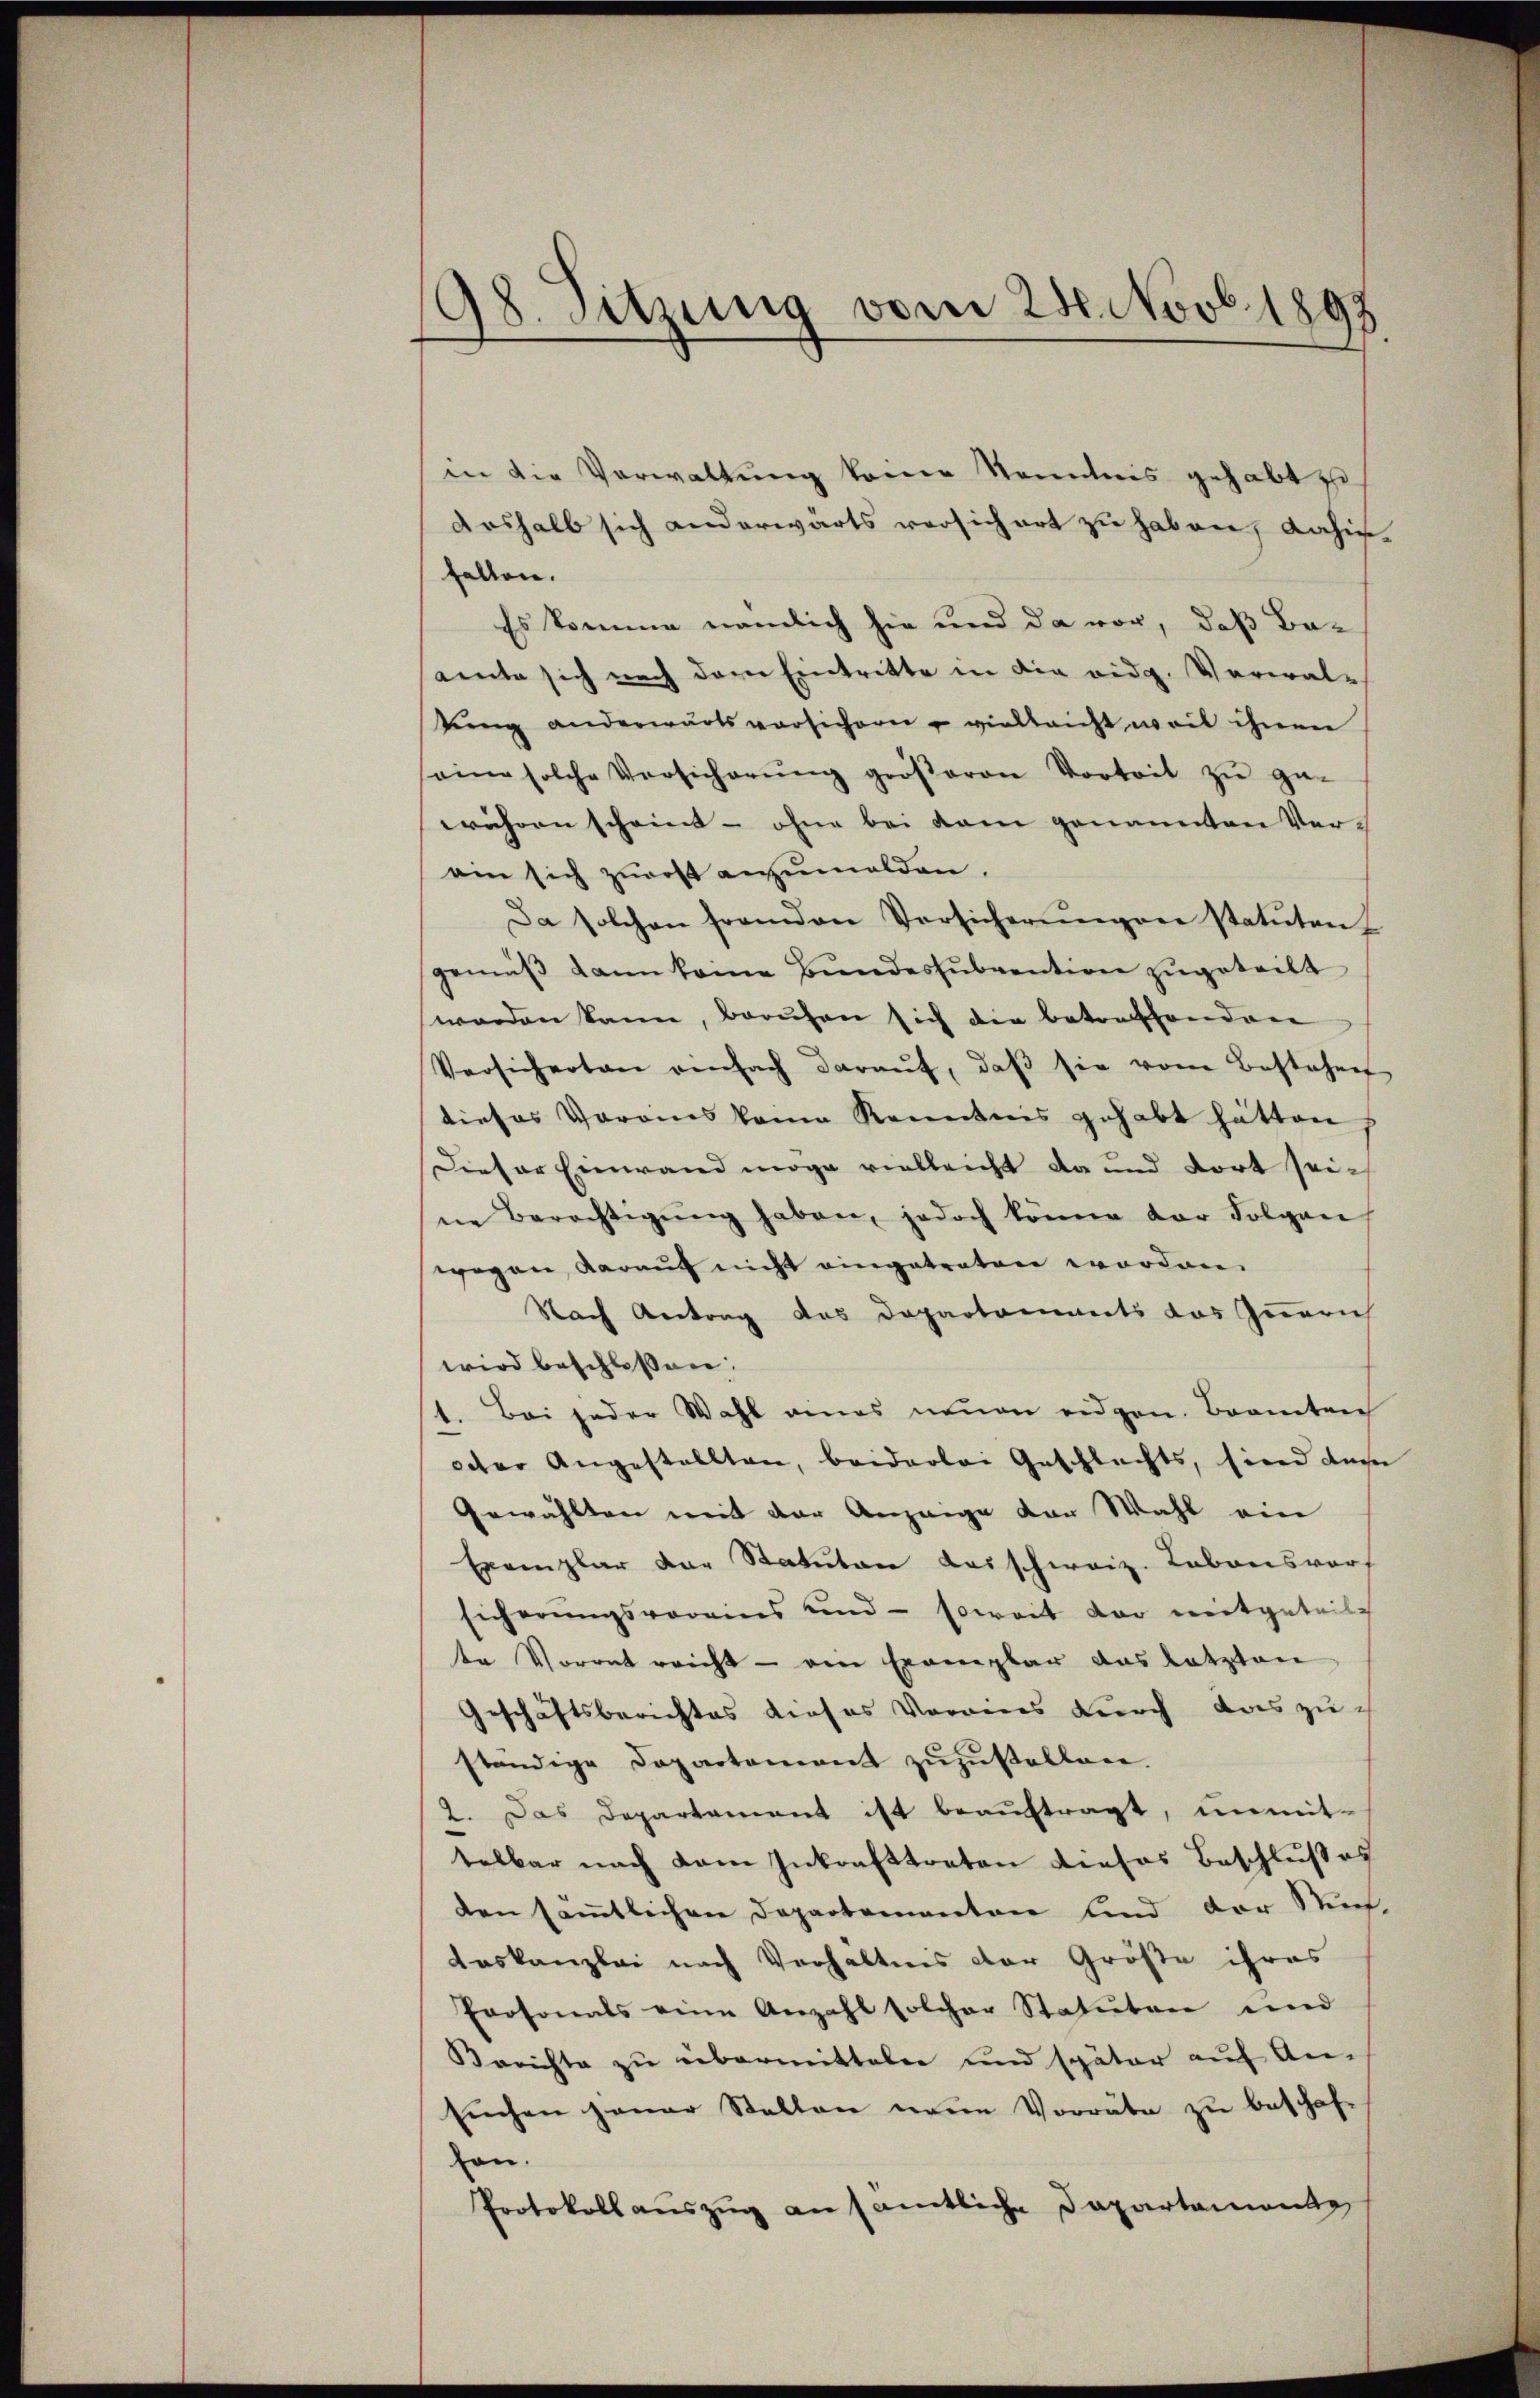
98. Sitzung vom 28. Novb. 1893.

in die Verwaltung keine Kenntnis gehabt zu
deshalb sich anderwärts versichert zu haben, dahinfallen.
Es komme nämlich sie und da vor, daß Ba-
amte sich nach dem Eintritte in die eidg. Verwaltreng anderwärts versichern - vielleicht weil ihnen
eine solche Versicherŭng gröβeren Vorteit zŭ ge-
währen scheint - ohne bei dem genannten Verein sich zuerst anzumalden.
Da solchen fremden Versicherŭngen statuten
gemäβ dann keine Bŭndessŭbvention zugeteilt
worden kann, beruhen sich die betreffenden
Versichertan einfach daraŭf, daβ sie vom Bestehen
dieses Vorans keine Kenntnis gehabt hätten
Dieser Einwand möge vielleicht da und dort seine Berechtigŭng haben, jedoch könne der Folgen
wegen, darauf nicht eingetreten worden.
Nach Antrag des Departements das Innerich
wird beschlossen:
1. Bei jeder Wahl eines neuen eidgen. Brannten
Octer Angestellten, beiderlei Geschlechts, sind das
Gewählten mit der Anzeige von Wahl ein
Exemplar der Statuten das schweiz. Labonsvors
sicherungsvoreins und soweit der mitgeteilch
te Vorrat reicht – ein Ernenbar das Letzten
Geschäftsberichtes dieses Vereins durch das zu ch
ständige Departement zuzustellen.
2. Das Departement ist beauftragt, unmittelbar nach dem Inkrafttreten dieses Beschlußes
den sämtlichen Departementen sind der Ruf,
Aaskanzlei nach Verhältnis der Größe ihres
Personals eine Anzahl solcher Statuten und
Berichte zu übermitteln und später auf An-
sŭchen jener Stellen neue Vorräte zu beschaf-
ton.
Protokoll aŭszŭg an sämtliche Dapartemente